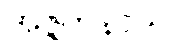
အဇ္ဇတနာယ